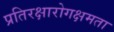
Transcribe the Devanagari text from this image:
प्रतिरक्षारोगक्षमता